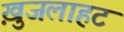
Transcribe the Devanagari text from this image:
ख़ुजलाहट